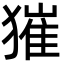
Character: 獕